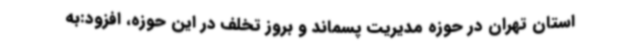
استان تهران در حوزه مدیریت پسماند و بروز تخلف در این حوزه، افزود:به